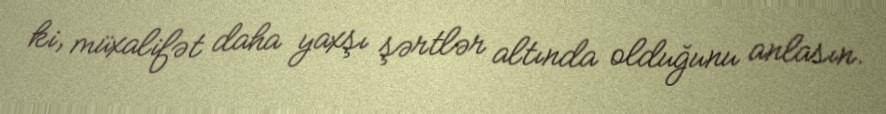
ki, müxalifət daha yaxşı şərtlər altında olduğunu anlasın.